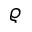
\varrho